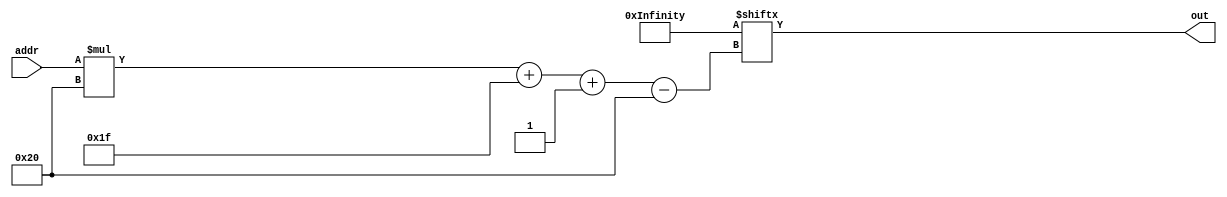
/*
   This file was generated automatically by Alchitry Labs version 1.2.7.
   Do not edit this file directly. Instead edit the original Lucid source.
   This is a temporary file and any changes made to it will be destroyed.
*/

/*
   Parameters:
     WORDS = MEMORY_SIZE
*/
module instruction_rom_9 (
    input [9:0] addr,
    output reg [31:0] out
  );
  
  localparam WORDS = 10'h2a8;
  
  
  localparam INSTRUCTIONS = 21344'h77ffff6ea665800077fc000077c3ff71a00740007bc3fff8a007000077c7ff75f4880008f444000877c3ff78a0048000f044000177fc000077c3ff7ca007000077c7ff7ef49c0008f444000877c3ff81a005c000f058000177fc001477c00001a00740007bc3fffca007000077c40005f444000877fc000077c00008a007000077c4000af458000877fc002077c00001a00740007bc3fff8a007000077c40005f4880008f444000877c00008a0048000f444000177fc000077c0000ca007000077c4000ef49c0008f444000877c00011a005c000f458000177fc003477c00001a00740007bc3fffba007000077c00005a005c000f444000177fc000077c00009a007000077c0000ba005c000f458000177fc004277c00001a00740007bc3fff8a007000077c40005f0880008f044000877c00008a0048000f444000177fc000077c0000ca007000077c4000ef09c0008f044000877c00011a005c000f458000177fc005677c00001a00740007bc3fffca007000077c40005f044000877fc000077c00008a007000077c4000af058000877fc006277c00001a00740007bc3fff8a007000077c40005f0880008f044000877c00008a0048000f044000177fc000077c0000ca007000077c4000ef09c0008f044000877c00011a005c000f058000177fc007677c00001a00740007bc3fffba007000077c00005a005c000f044000177fc000077c00009a007000077c0000ba005c000f058000177fc00006ff800007bc3fff677c00002a4004000a05b0000a01b4000f1dc00087bc00001a019c00077d80008f19800017bc0000077c0000ca4004000a05b0000a01b400077d8000ff198000177c00012a4004000a05b0000a01b4000c1fc00ffc1bc000177fc0000833e8000837ec00077fc0003833ec000837e800077c00003c4100001c27c00006fcc0000a75b400077fc0000a74740007bc3fff9a0070000f4440001f0880008f0440008a7474000ab0700007bc00000a0070000f4440001f0880008f044000877fc000077c0000fa00740007bc3fff8a007000077c40013f4880008f444000877c00016a0048000f044000177fc000077c0001aa007000077c4001cf49c0008f444000877c0001fa005c000f058000177fc00007bc3fffba0070000f0440008a7474000ab0700007bc00000a0070000f044000877fc000077c0000aa00740007bc3fffca007000077c4000ef444000877fc000077c00011a007000077c40013f458000877fc00007bc3fff9a0070000f0440001f0880008f0440008a7474000ab0700007bc00000a0070000f0440001f0880008f044000877fc000077c0000ea00740007bc3fff8a007000077c40012f4880008f444000877c00015a0048000f444000177fc000077c00019a007000077c4001bf49c0008f444000877c0001ea005c000f458000177fc00007bc3fffba0070000f0440001a7474000ab0700007bc00000a0070000f044000177fc000077c0000aa00740007bc3fffba007000077c0000ea005c000f444000177fc000077c00012a007000077c00014a005c000f458000177fc00007bc3fff9a0070000f0440001f4880008f4440008a7474000ab0700007bc00000a0070000f0440001f4880008f444000877fc000077c0000ea00740007bc3fff8a007000077c40012f0880008f044000877c00015a0048000f444000177fc000077c00019a007000077c4001bf09c0008f044000877c0001ea005c000f458000177fc00007bc3fffba0070000f4440008a7474000ab0700007bc00000a0070000f444000877fc000077c0000aa00740007bc3fffca007000077c4000ef044000877fc000077c00011a007000077c40013f058000877fc00007bc3fff9a0070000f4440001f4880008f4440008a7474000ab0700007bc00000a0070000f4440001f4880008f444000877fc000077c0000ea00740007bc3fff8a007000077c40012f0880008f044000877c00015a0048000f044000177fc000077c00019a007000077c4001bf09c0008f044000877c0001ea005c000f058000177fc00007bc3fffba0070000f4440001a7474000ab0700007bc00000a0070000f444000177fc000077c0000aa00740007bc3fffba007000077c0000ea005c000f044000177fc000077c00012a007000077c00014a005c000f05800016ff8000082bf000082ff400074fc0003833e8000837ec0006ff8000082ff000082bf400074fc0009833ec000837e800077c00006c41000016ff8000077cbfffda09a4000f19800016ff8000077c80001a09a400077fc000077cbfffda099c000f198000877fc000477c80001a099c000c1bc00016ff8000077cbfffda09a4000f59800016ff8000077c80001a09a4000f198000777fc000077cbfffda099c000f198000877fc000477c80001a099c000c1bc00016ff8000077cbfffda09d8000f1dc00086ff8000077c80001a09d8000c1fc00ff77fc000077cbfffda09a4000f598000177fc000477c80001a09a4000f198003fc1bc000177ffffff77fc0000baabc000f2a8003fc2bc0001c27c0000c2fc000077fc0006baefc000f2ec003fc2fc0001c27c0000c2bc000077fc000cba67c000f264003fc27c0001c2bc0000c2fc000077fc00067bc0000d9408c0007bc000039008c00077fffff5c0cc000177c3fff7a01a800077fffff9c088000177c00002a01ac00077fc000077d80009f198000177fc0003c0fc0000c0bc0000c1bc000177ffff7077e4000177bc014677fc0000c13c000277fc0002c13c000177c00002c410000177ffff7977bc014e77fc0000c13c000277fc0002c13c000177c00002c410000177fc0000c23c009577fc0002c2200009823c8000f08800047bc000049004800077fc0008c23c005977fc000ac2200090823c40007bc000039004800077fc000777cc0001823fc000f4880004e0a000f0e060000fc4d0000177bc007e77ffff9b77bc006181fc000077ffff9e77fffffb7bc40002a042400077c00003f400000877fc00007bc40007a042400077c00008f41c000877ffffa977bc006f81fc000077ffffac77fffffb7bc40002a042400077c00003f000000877fc00007bc40007a042400077c00008f01c000877ffffb777fc000077c3fff8a01a400077fc00037780009177fc00007bc00003a019c000f598000177ffffc177fc000077c3fff9a01a400077fc000377bc008b7bc00002a019c000f198000177c8002fc480000577c80023c480000477c80017c480000377c8000fc480000277c80008c48000018017c00077fc0051c23c009577fc000277d7ffd982040000803c800080ffc00077c40005c444000177c4000777fc000a77d7ffe17bc000029800c000c0000080f000000ac03c07a177fc0062c23c005977fc001377d7ffea82080000803c400080ffc00077c80005f0880004c4880001f488000477c8000977fc001d77d7fff47bc000029800c000c0000080f000000ac03c07a177c00013c0cc0001c4100001e0a000f0e060000f5d7fc000817fc00080ffc00077bc00b577e40086c23c009977bc01d5c13c0001f2a80018c2bc0810f2ec0018c2fc1008807fc000827fc000803fc000823fc0006fc40000c23c000477fc000274400001803fc0006fe4000078400001c0000001803fc0006fe4000077c00001803fc0006fe4000077fc0001803fc000807fc000c27c03e86fe4000077e00002823fc000;
  
  always @* begin
    out = INSTRUCTIONS[(addr)*32+31-:32];
  end
endmodule